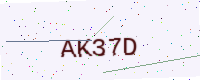
Text: AK37D